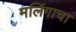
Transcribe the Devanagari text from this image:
मलिंगाचा